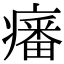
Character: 𤺏